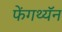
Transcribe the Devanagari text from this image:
फेंगथ्यॅन